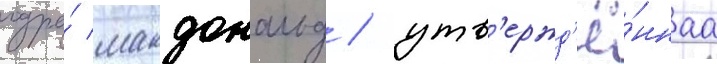
одра́ макдональд / утв'ержд'ё́ннаа